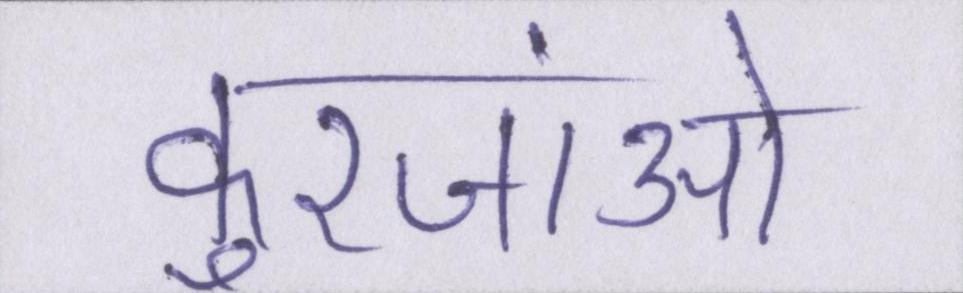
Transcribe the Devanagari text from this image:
कुरजांओं